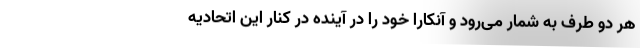
هر دو طرف به شمار می‌رود و آنکارا خود را در آینده در کنار این اتحادیه